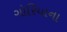
ગોરિયાના